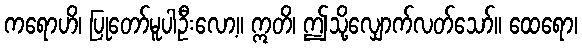
ကရောဟိ၊ ပြုတော်မူပါဦးလော့။ ဣတိ၊ ဤသို့လျှောက်လတ်သော်။ ထေရော၊